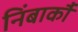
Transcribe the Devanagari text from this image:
निंबार्कौ